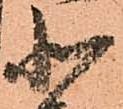
北